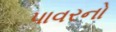
પાવરનો